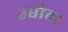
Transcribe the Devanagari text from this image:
उद्योत।